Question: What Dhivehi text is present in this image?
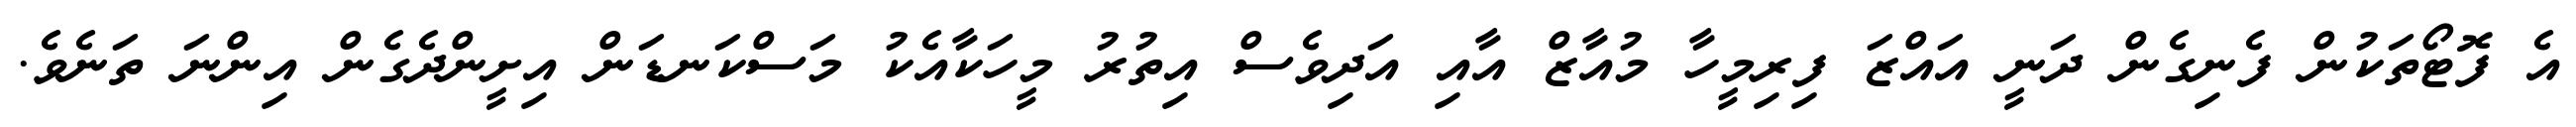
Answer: އެ ފޮޓޯތަކުން ފެނިގެން ދަނީ އައްޒަ ފިރިމީހާ މުއާޒް އާއި އަދިވެސް އިތުރު މީހަކާއެކު މަސްކަނޑަން އިށީންދެގެން އިންނަ ތަނެވެ.